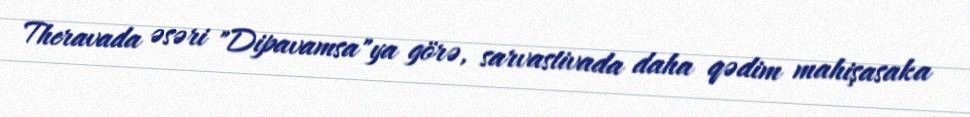
Theravada əsəri "Dipavamsa"ya görə, sarvastivada daha qədim mahişasaka